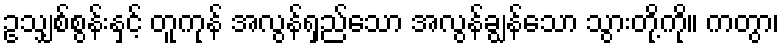
ဥသျှစ်စွန်းနှင့် တူကုန် အလွန်ရှည်သော အလွန်ချွန်သော သွားတို့ကို။ ကတွာ၊